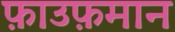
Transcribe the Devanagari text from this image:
फ़ाउफ़मान